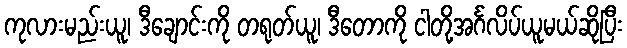
ကုလားမည်းယူ၊ ဒီချောင်းကို တရုတ်ယူ၊ ဒီတောကို ငါတို့အင်္ဂလိပ်ယူမယ်ဆိုပြီး